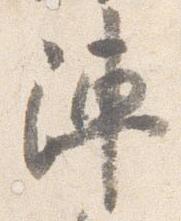
陣